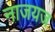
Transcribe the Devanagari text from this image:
नाजयज